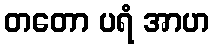
တတော ပရံ အာဟ